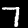
Digit: 7